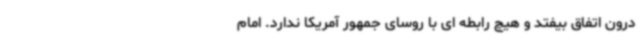
درون اتفاق بیفتد و هیچ رابطه ای با روسای جمهور آمریکا ندارد. امام